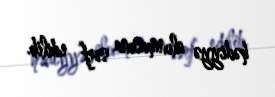
hədiyyə alınmasına sərf edilib.